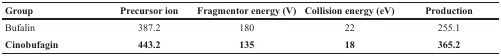
<table><thead><tr><td><b>Group</b></td><td><b>Precursor ion</b></td><td><b>Fragmentor energy (V)</b></td><td><b>Collision energy (eV)</b></td><td><b>Production</b></td></tr></thead><tbody><tr><td>Bufalin</td><td>387.2</td><td>180</td><td>22</td><td>255.1</td></tr><tr><td><b>Cinobufagin</b></td><td><b>443.2</b></td><td><b>135</b></td><td><b>18</b></td><td><b>365.2</b></td></tr></tbody></table>